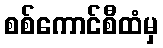
စစ်ကောင်စီထံမှ